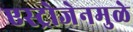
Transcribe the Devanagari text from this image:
एस्ट्रोजेनमुळे